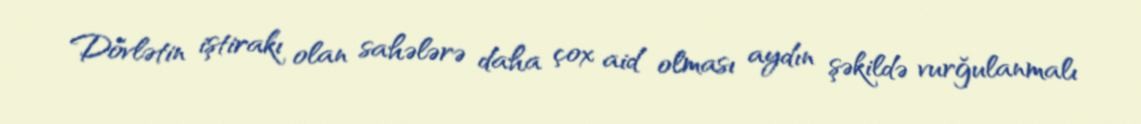
Dövlətin iştirakı olan sahələrə daha çox aid olması aydın şəkildə vurğulanmalı